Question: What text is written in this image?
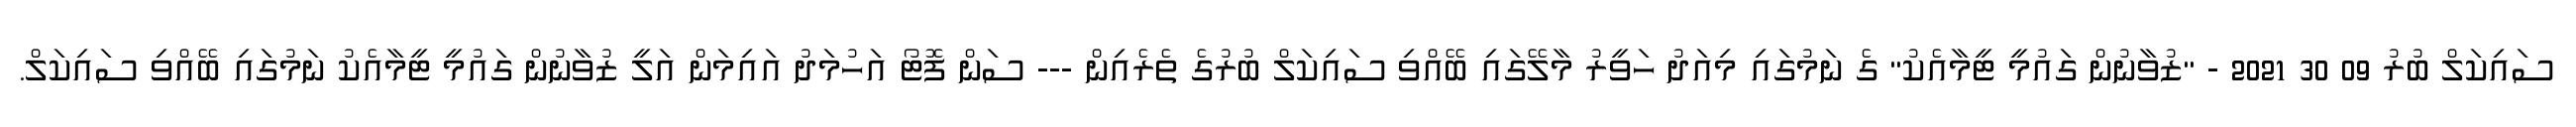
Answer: ސައިކަލް ބުރު 09 30 2021 - "ޒުވާނުން ގައުމީ ޓީމާއެކު" ގެ ނަމުގައި މިއަދު ހަވީރު މާލޭގައި ބޭއްވި ސައިކަލް ބުރުގެ ތެރެއިން --- ސަން ފޮޓޯ އަހުމަދު އައިމަން އަލީ ޒުވާނުން ގައުމީ ޓީމާއެކު ނަމުގައި ބޭއްވި ސައިކަލް.